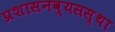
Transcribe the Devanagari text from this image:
प्रशासनव्यसस्था